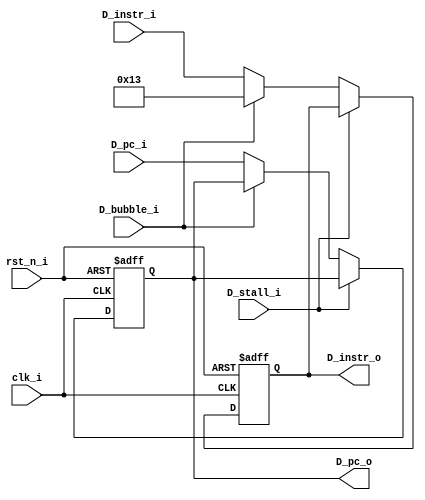
module pipe_D_reg(
    input              clk_i,
    input              rst_n_i,
    input              D_bubble_i,
    input              D_stall_i,
    input      [63:0]  D_pc_i,
    output reg [63:0]  D_pc_o,
    input      [31:0]  D_instr_i,
    output reg [31:0]  D_instr_o
);
    wire [63:0] D_pc_next;
    wire [31:0] D_instr_next;

    assign D_pc_next = (D_stall_i) ? D_pc_o :
                       (D_bubble_i) ? D_pc_o :
                       D_pc_i;

    assign D_instr_next = (D_stall_i) ? D_instr_o :
                          (D_bubble_i) ? 32'h00000013 :
                          D_instr_i;

    always@(posedge clk_i or negedge rst_n_i)begin
        if(~rst_n_i)begin
            D_pc_o <= 64'b0;
            D_instr_o <= 32'h00000013;
        end
        else begin
            D_pc_o <= D_pc_next;
            D_instr_o <= D_instr_next;
        end
    end

endmodule